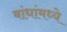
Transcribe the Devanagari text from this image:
बांधांमध्ये